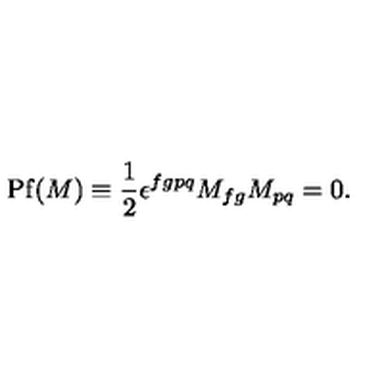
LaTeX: \mathrm { P f } ( M ) \equiv \frac 1 2 \epsilon ^ { f g p q } M _ { f g } M _ { p q } = 0 .